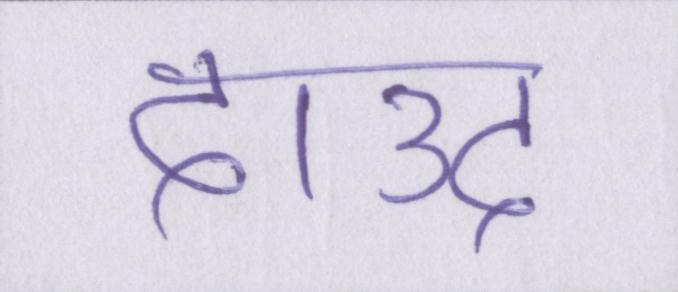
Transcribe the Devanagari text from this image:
दाउद